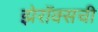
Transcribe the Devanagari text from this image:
झेरॉक्सची